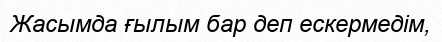
Жасымда ғылым бар деп ескермедім,